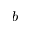
b